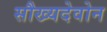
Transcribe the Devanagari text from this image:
सौख्यदेवोन